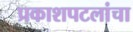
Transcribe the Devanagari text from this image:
प्रकाशपटलांचा